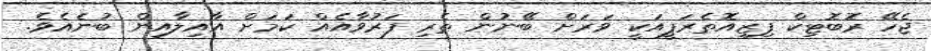
ޖެހޭ ރޮބޮޓިކް ފިޒިއޮތެރަޕީއަކީ ވަރަށް ބޭނުން ތެރި ފަރުވާއެއް ކަމަށް އާއިލާއިން ބުނެއެވެ.